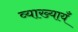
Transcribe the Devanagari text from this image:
व्याख्यायँ